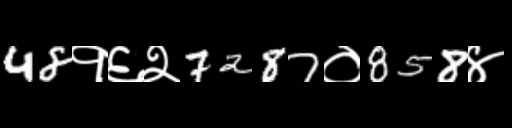
Text: 48१६२7287०858४